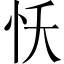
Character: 㤇